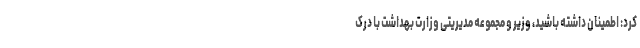
کرد: اطمینان داشته باشید، وزیر و مجموعه مدیریتی وزارت بهداشت با درک